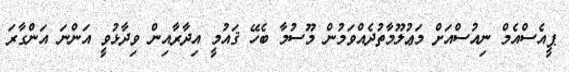
ޕީއެސްއެމް ނިއުސްއަށް މަޢުލޫމާތުދެއްވަމުން މޫސުމާ ބެހޭ ޤައުމީ އިދާރާއިން ވިދާޅުވީ އަންނަ އަންގާރަ